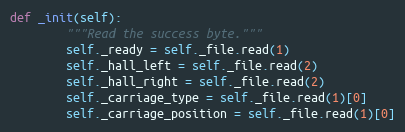
Language: Python
def _init(self):
        """Read the success byte."""
        self._ready = self._file.read(1)
        self._hall_left = self._file.read(2)
        self._hall_right = self._file.read(2)
        self._carriage_type = self._file.read(1)[0]
        self._carriage_position = self._file.read(1)[0]